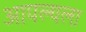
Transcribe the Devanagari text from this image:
आपल्यला